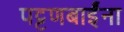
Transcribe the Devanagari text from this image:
पट्टणबाईंना